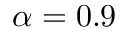
\alpha = 0 . 9